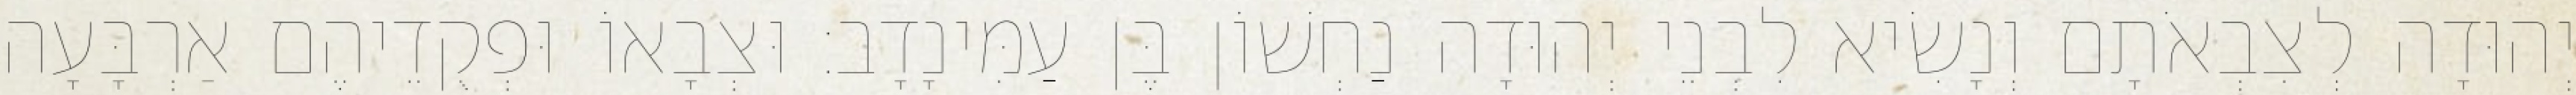
יְהוּדָה לְצִבְאֹתָם וְנָשִׂיא לִבְנֵי יְהוּדָה נַחְשׁוֹן בֶּן עַמִּינָדָב׃ וּצְבָאוֹ וּפְקֻדֵיהֶם אַרְבָּעָה